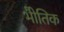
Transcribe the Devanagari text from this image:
भोैतिक